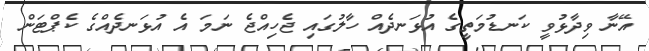
އޭނާ ވިދާޅުވީ ކަނޑުމަތީގެ އުޅަނދެއް ހާލުގައި ޖެހިއްޖެ ނަމަ އެ އުޅަނދެއްގެ ކެޕްޓަން